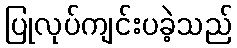
ပြုလုပ်ကျင်းပခဲ့သည်